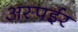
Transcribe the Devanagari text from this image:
अस्पईर